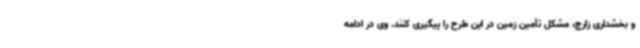
و بخشداری زارچ، مشکل تأمین زمین در این طرح را پیگیری کنند. وی در ادامه